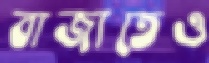
বাজাতেও